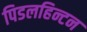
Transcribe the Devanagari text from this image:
पिडलहिन्टन